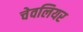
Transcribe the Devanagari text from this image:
चेवलियर